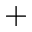
+